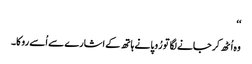
‘‘
وہ اُٹھ کر جانے لگا تو رُوپا نے ہاتھ کے اشارے سے اُسے روکا۔